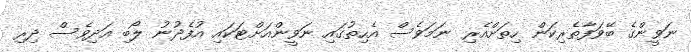
ނަވީންގެ ބޭވަފާތެރިކަން ހިތަށްއެރި ނަމަވެސް އެހިތުގައި ނަވީންއަށްޓަކައި އުފެދުނު ލޯބި އަދިވެސް ދިރި